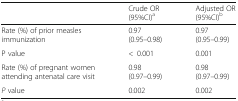
<table><thead><tr><td></td><td><b>Crude OR (95%CI)<sup>a</sup></b></td><td><b>Adjusted OR (95%CI)<sup>b</sup></b></td></tr></thead><tbody><tr><td>Rate (%) of prior measles immunization</td><td>0.97 (0.95–0.98)</td><td>0.97 (0.95–0.99)</td></tr><tr><td>P value</td><td>&lt;0.001</td><td>0.001</td></tr><tr><td>Rate (%) of pregnant women attending antenatal care visit</td><td>0.98 (0.97–0.99)</td><td>0.98 (0.97–0.99)</td></tr><tr><td><i>P</i> value</td><td>0.002</td><td>0.002</td></tr></tbody></table>